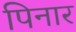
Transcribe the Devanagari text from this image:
पिनार